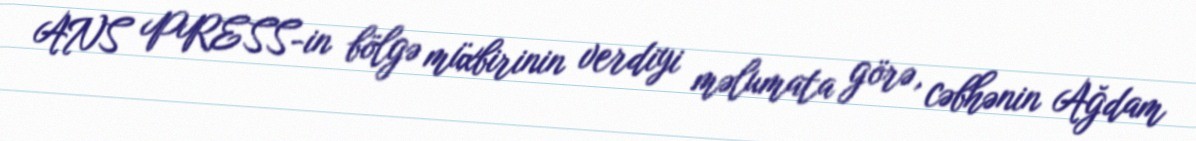
ANS PRESS-in bölgə müxbirinin verdiyi məlumata görə, cəbhənin Ağdam